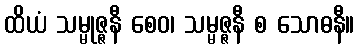
ထိယံ သမ္မုဇ္ဇနီ စေဝ၊ သမ္မဇ္ဇနီ စ သောဓနီ။